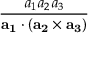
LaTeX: \frac { a _ { 1 } a _ { 2 } a _ { 3 } } { \mathbf { a _ { 1 } } \cdot ( \mathbf { a _ { 2 } } \times \mathbf { a _ { 3 } } ) }